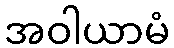
အဝါယာမံ